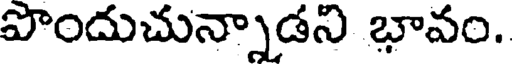
పొందుచున్నాడని భావం.